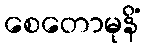
စေတောမုနိံ